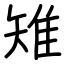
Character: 雉